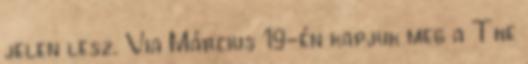
jelen lesz. Via Március 19-én kapjuk meg a The